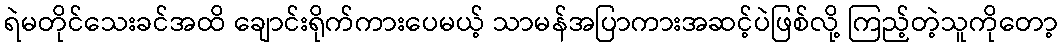
ရဲမတိုင်သေးခင်အထိ ချောင်းရိုက်ကားပေမယ့် သာမန်အပြာကားအဆင့်ပဲဖြစ်လို့ ကြည့်တဲ့သူကိုတော့